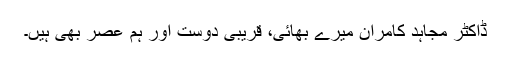
ڈاکٹر مجاہد کامران میرے بھائی، قریبی دوست اور ہم عصر بھی ہیں۔